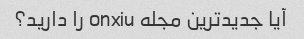
آیا جدیدترین مجله onxiu را دارید؟